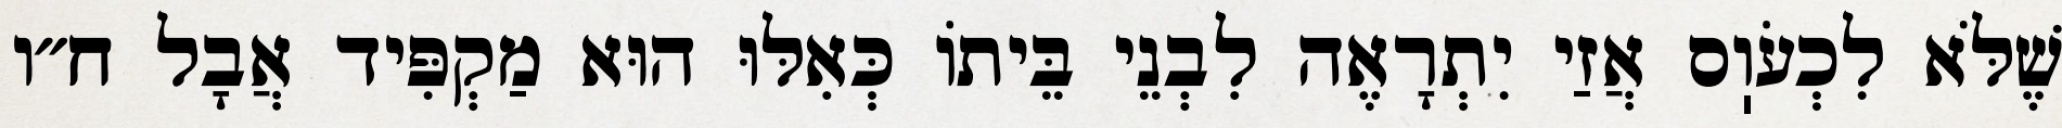
שֶׁלֹּא לִכְעֹוֽס אֲזַי יִתְרָאֶה לִבְנֵי בֵּיתוֹ כְּאִלּוּ הוּא מַקְפִּיד אֲבָל ח״ו